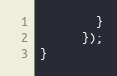
Language: JavaScript
        }
      });
}